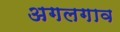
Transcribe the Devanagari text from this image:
अगलगाव